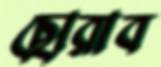
ছোরাব